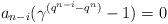
LaTeX: \begin{align*} a_{n-i}(\gamma^{(q^{n-i}-q^n)}-1)=0 \end{align*}